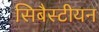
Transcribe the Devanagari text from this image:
सिबैस्टीयन